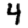
Digit: 4